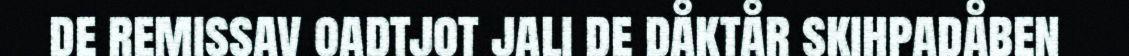
de remissav oadtjot jali de dåktår skihpadåben